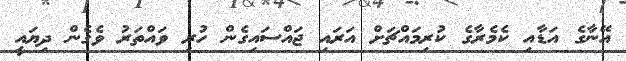
އޭނާގެ އަޑާއި ކެމެރާގެ ކުރިމައްޗަށް އަރައި ޖައްސައިގެން ހުރި ވައްތަރު ވެގެން ދިޔައީ